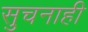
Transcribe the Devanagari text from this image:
सुचनाही